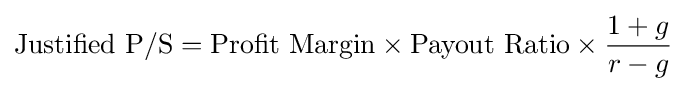
{\text{Justified P/S}}={\text{Profit Margin}}\times {\text{Payout Ratio}}\times {\frac {1+g}{r-g}}